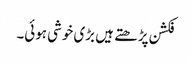
فکشن پڑھتے ہیں بڑی خوشی ہوئی۔